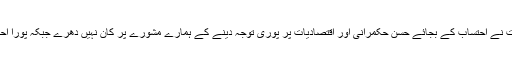
انہوں نے کہا کہ حکومت نے احتساب کے بجائے حسن حکمرانی اور اقتصادیات پر پوری توجہ دینے کے ہمارے مشورے پر کان نہیں دھرے جبکہ پورا احتسابی عمل متنازع ہے ۔